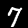
Label: 7